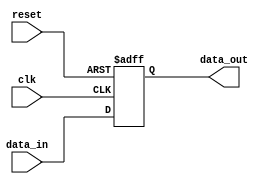
module io_buffer (
    input wire clk,
    input wire reset,
    input wire data_in,
    output reg data_out
);

reg internal_data;

always @ (posedge clk or posedge reset) begin
    if (reset) begin
        internal_data <= 1'b0;
    end else begin
        internal_data <= data_in;
    end
end

assign data_out = internal_data;

endmodule